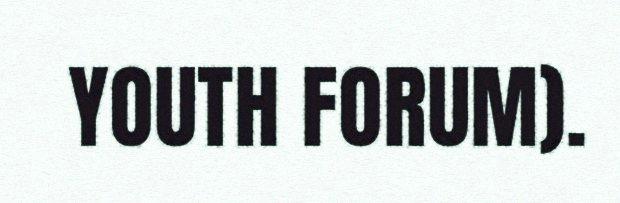
YOUTH FORUM).